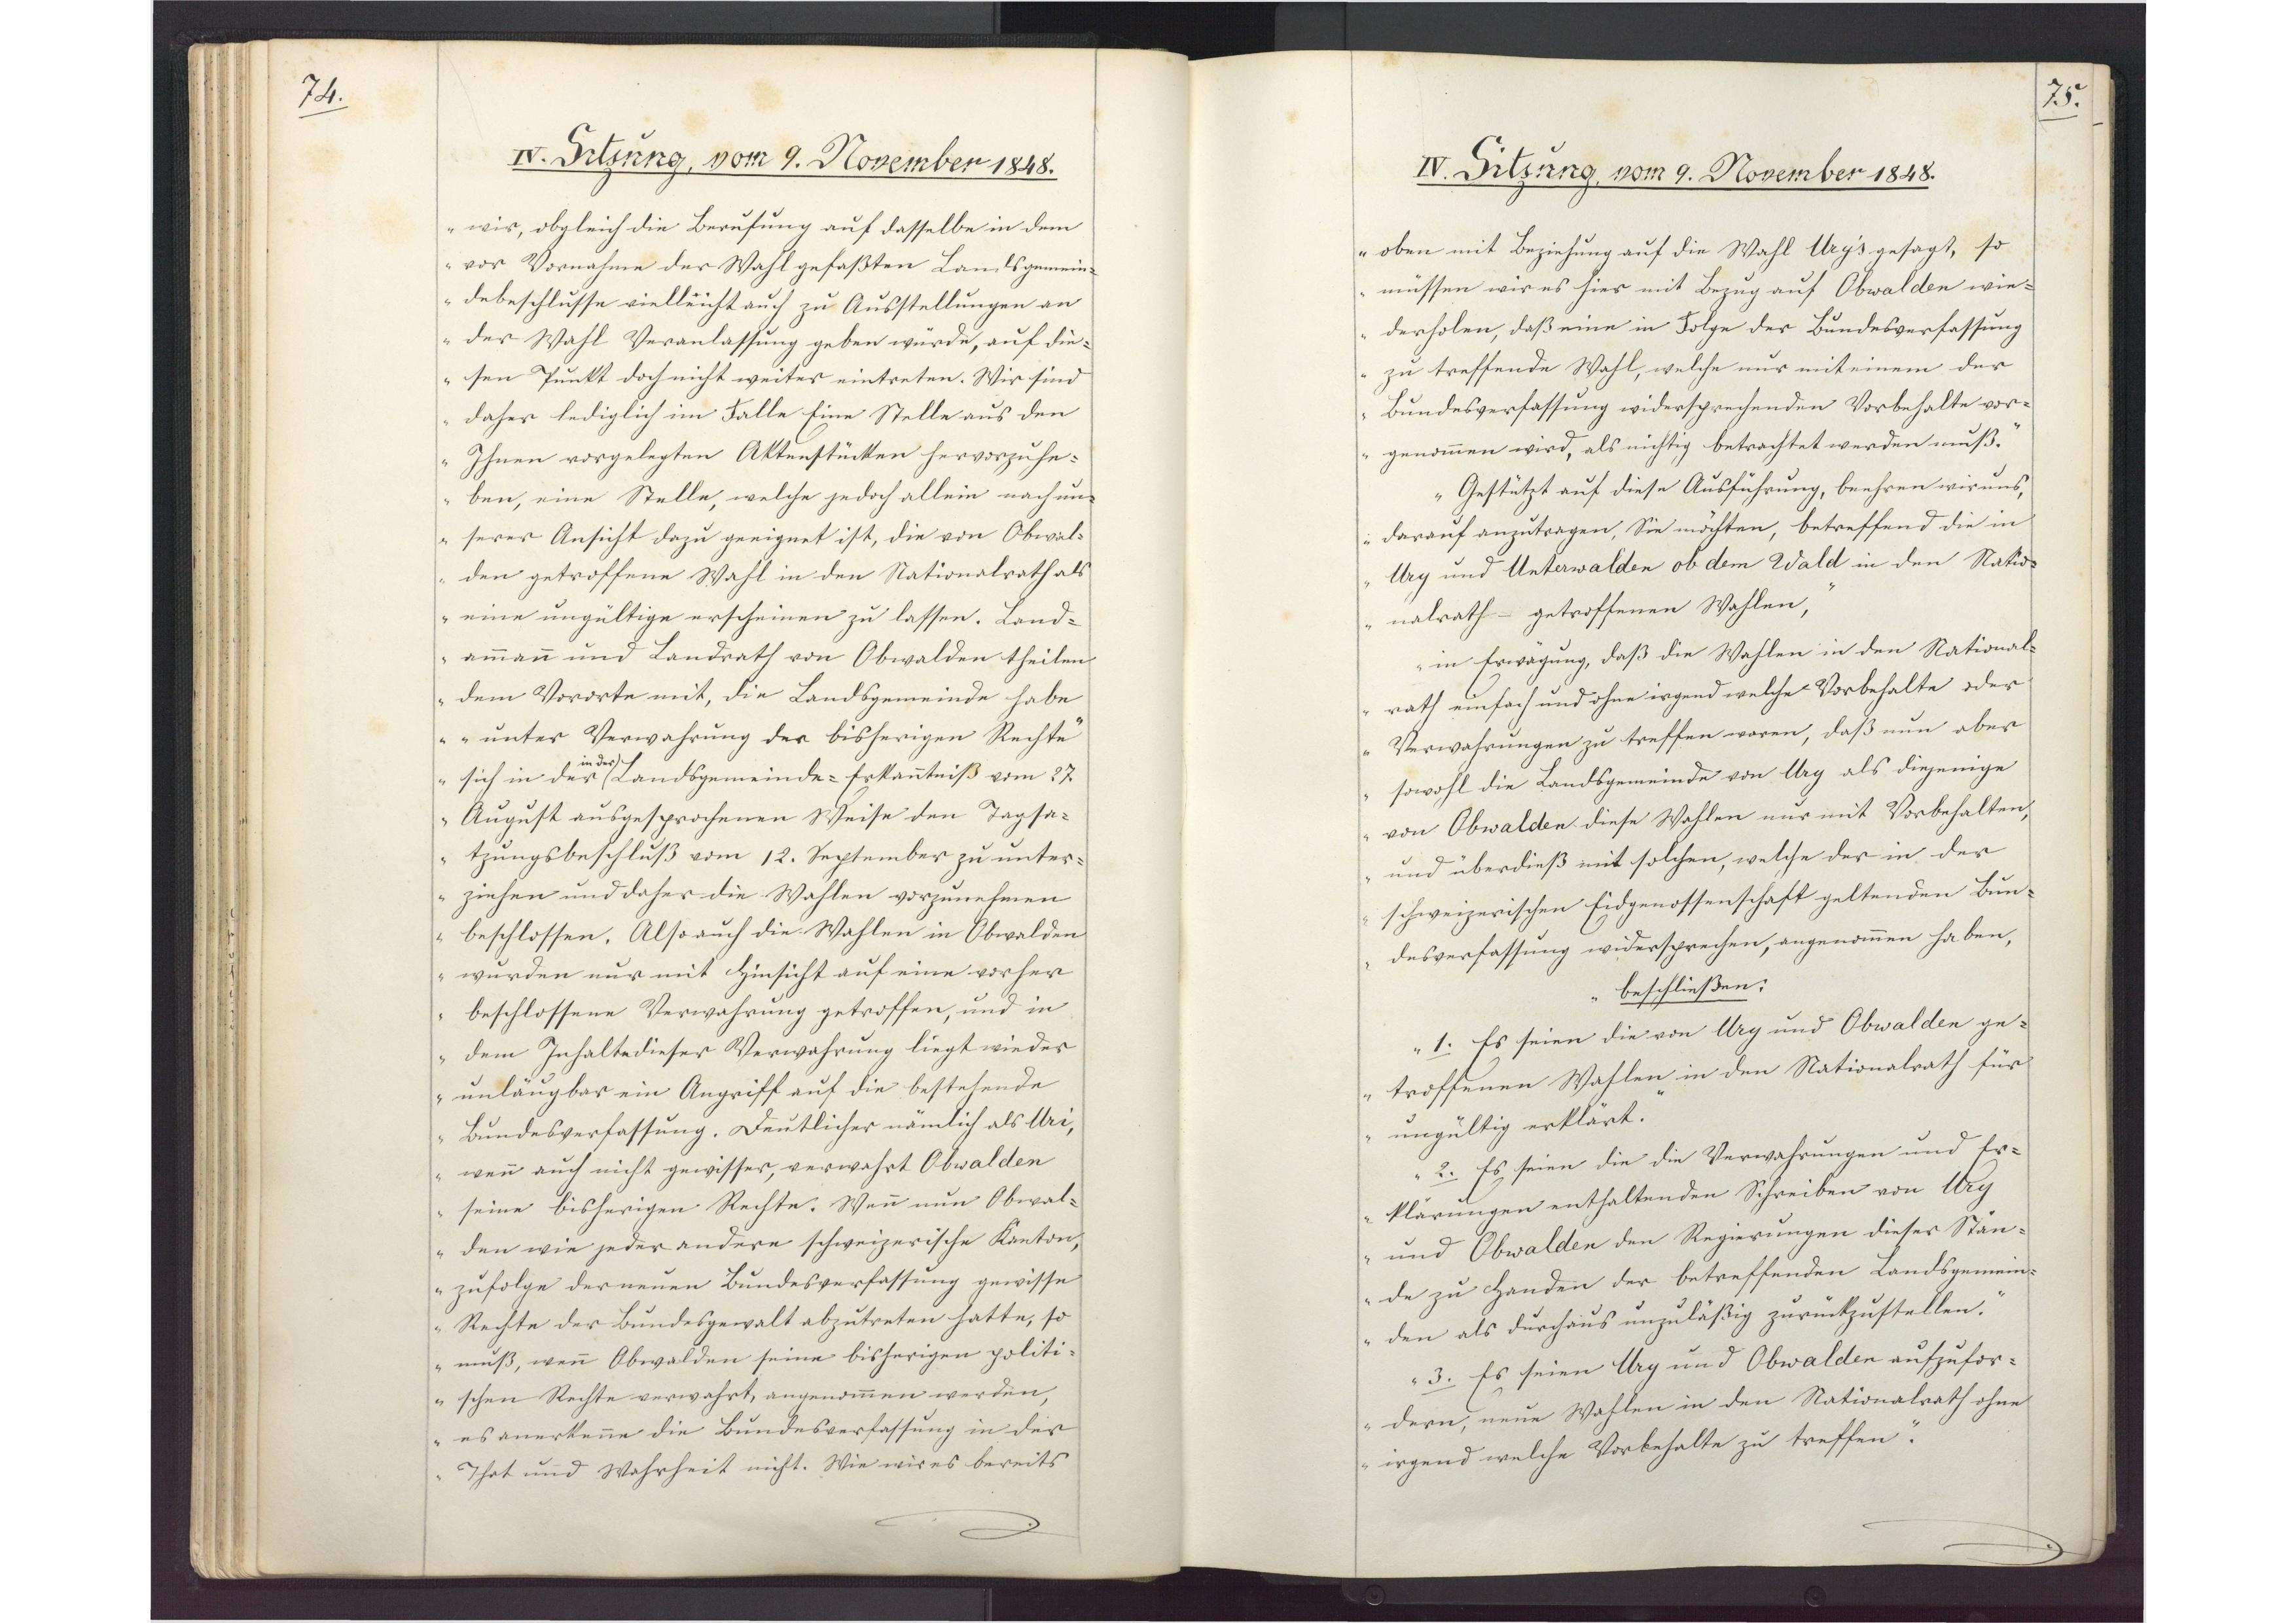
74.

IV. Sitzung, vom 9. November1848

wir, obgleich die Berufung auf dasselbe in dem
vor Vornahme der Wahl gefaßten Landsgemein¬
debeschlusse vielleicht auch zu Ausstellungen an
der Wahl Veranlassung geben würde, auf die¬
sen Punkt doch nicht weiter eintreten. Wir sind
daher lediglich im Falle Eine Stelle aus den
Ihnen vorgelegten Aktenstücken hervorzuhe¬
ben, eine Stelle, welche jedoch allein nach un¬
serer Ansicht dazu geeignet ist, die von Obwal¬
den getroffene Wahl in den Nationalrath als
eine ungültige erscheinen zu lassen. Land¬
ammann und Landrath von Obwalden theilen
dem Vororte mit, die Landsgemeinde habe
"unter Verwahrung der bisherigen Rechte"
sich in der (Landsgemeinde-Erkanntniß vom 27.
in der
August ausgesprochenen Weise den Tagsa¬
tzungsbeschluß vom 12. September zu unter¬
ziehen und daher die Wahlen vorzunehmen
beschlossen. Also auch die Wahlen in Obwalden
wurden nur mit Hinsicht auf eine vorher
beschlossene Verwahrung getroffen, und in
dem Inhalte dieser Verwahrung liegt wieder
unläugbar ein Angriff auf die bestehende
Bundesverfassung. Deutlicher nämlich als Uri,
wenn auch nicht gewisser, verwahrt Obwalden
seine bisherigen Rechte. Wenn nun Obwal¬
den wie jeder andere schweizerische Kanton,
zufolge der neuen Bundesverfassung gewisse
Rechte der Bundesgewalt abzutreten hatte, so
muβ, wenn Obwalden seine bisherigen politi¬
schen Rechte verwahrt, angenommen werden,
es anerkenne die Bundesverfassung in der
That und Wahrheit nicht. Wie wir es bereits

75.

IV. Sitzung, vom 9. November 1848.

oben mit Beziehung auf die Wahl Ury`s gesagt, so
müssen wir es hier mit Bezug auf Obwalden wie¬
derholen, daß eine in Folge der Bundesverfassung
zu treffende Wahl, welche nur mit einem der
Bundesverfassung widersprechenden Vorbehalte vor¬
genommen wird, als nichtig betrachtet werden muß."
"Gestützt auf diese Ausführung, beehren wir uns,
darauf anzutragen, Sie möchten, betreffend die in
Ury und Unterwalden ob dem Wald in den Natio¬
nalrath getroffenen Wahlen,
in Erwägung, daß die Wahlen in den National¬
rath einfach und ohne irgend welche Vorbehalte oder
Verwahrungen zu treffen waren, daß nun aber
sowohl die Landsgemeinde von Ury als diejenige
von Obwalden diese Wahlen nur mit Vorbehalten,
und überdieß mit solchen, welche der in der
schweizerischen Eidgenossenschaft geltenden Bun¬
desverfassung widersprechen, angenommen haben,
beschließen:
1. Es seien die von Ury und Obwalden ge¬
troffenen Wahlen in den Nationalrath für
ungültig erklärt.
2. Es seien die die Verwahrungen und Er¬
klärungen enthaltenden Schreiben von Ury
und Obwalden den Regierungen dieser Stän¬
de zu Handen der betreffenden Landsgemein¬
den als durchaus unzuläßig zurückzustellen.
3. Es seien Ury und Obwalden aufzufor¬
dern, neue Wahlen in den Nationalrath ohne
irgend welche Vorbehalte zu treffen."